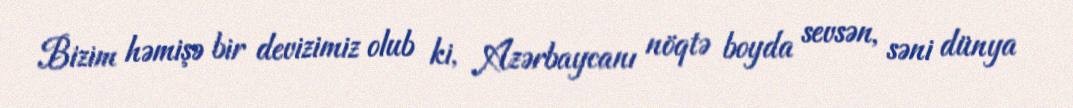
Bizim həmişə bir devizimiz olub ki, Azərbaycanı nöqtə boyda sevsən, səni dünya